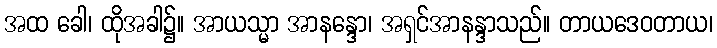
အထ ခေါ၊ ထိုအခါ၌။ အာယသ္မာ အာနန္ဒော၊ အရှင်အာနန္ဒာသည်။ တာယဒေဝတာယ၊